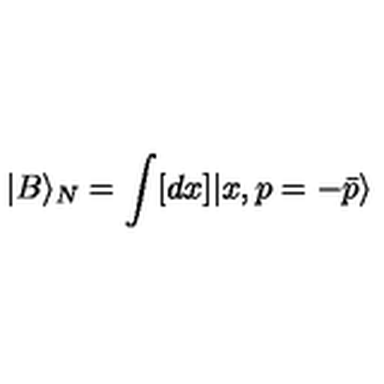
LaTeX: | B \rangle _ { N } = \int [ d x ] | x , p = - \bar { p } \rangle